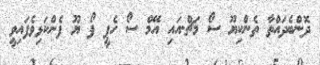
ދޮންބެދައްތާ ތެންކިޔޫ ސޯ މަޗް.އައި އޭމް ސޯ ހެޕީ ފޯ ޔޫ ފެންކަޅިވެފައިވީ